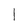
Character: l